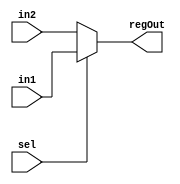
module mux #(parameter WIDTH = 32)(input [WIDTH-1:0] in1, in2, 
input sel,
output [WIDTH-1:0] regOut);

assign regOut = sel ? in1 : in2;

endmodule